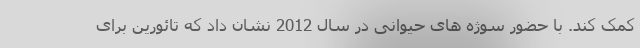
کمک کند. با حضور سوژه های حیوانی در سال 2012 نشان داد که تائورین برای